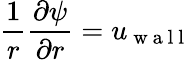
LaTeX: \frac{1}{r}\frac{\partial\psi}{\partial r}=u_{\mathrm{~w~a~l~l~}}